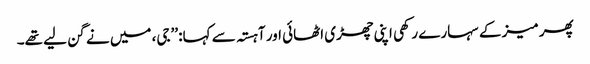
پھر میز کے سہارے رکھی اپنی چھڑی اٹھائی اور آہستہ سے کہا: ’’جی، میں نے گن لیے تھے۔